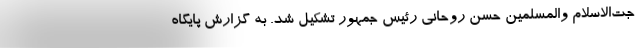
جت‌الاسلام والمسلمین حسن روحانی رئیس جمهور تشکیل شد. به گزارش پایگاه